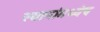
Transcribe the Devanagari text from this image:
स्थानांमध्येच